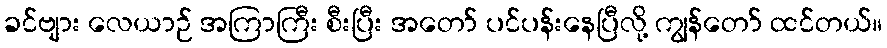
ခင်ဗျား လေယာဉ် အကြာကြီး စီးပြီး အတော် ပင်ပန်းနေပြီလို့ ကျွန်တော် ထင်တယ်။